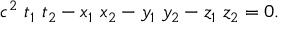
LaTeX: c ^ { 2 } \ t _ { 1 } \ t _ { 2 } - x _ { 1 } \ x _ { 2 } - y _ { 1 } \ y _ { 2 } - z _ { 1 } \ z _ { 2 } = 0 .